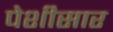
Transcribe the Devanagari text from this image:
पेशीसार